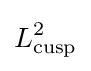
L_{\text{cusp}}^{2}